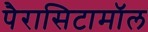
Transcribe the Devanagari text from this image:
पैरासिटामॉल